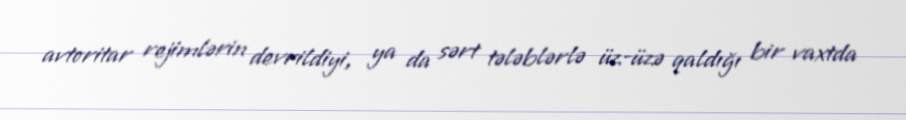
avtoritar rejimlərin devrildiyi, ya da sərt tələblərlə üz-üzə qaldığı bir vaxtda